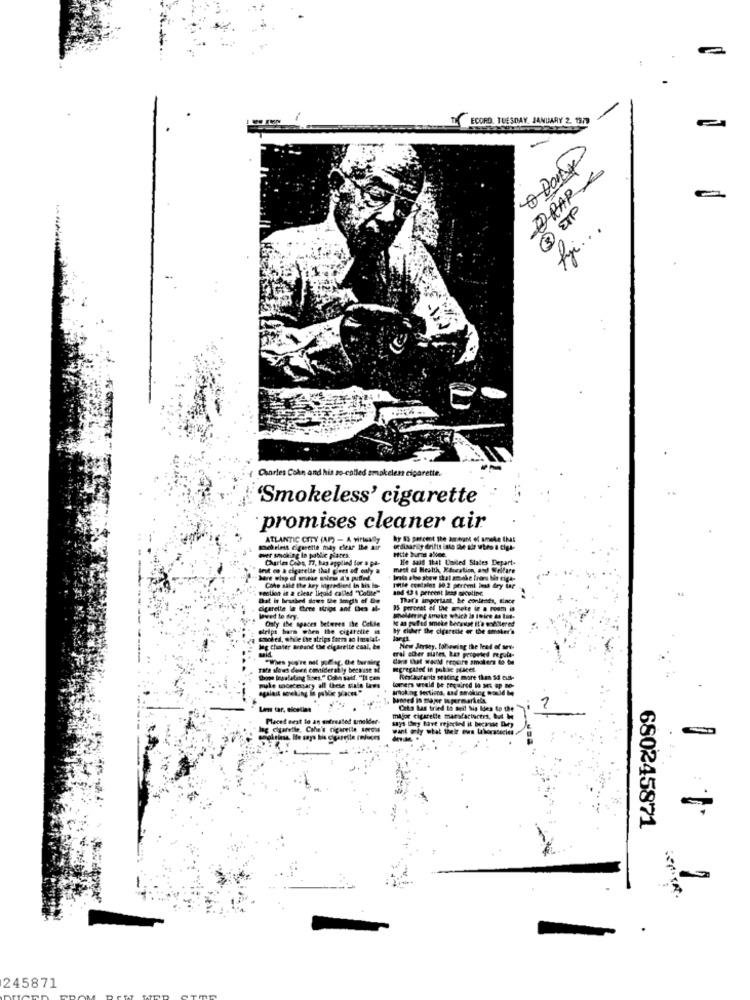
TIL ECORD TUESDAY, JANUARY 2. 1379
& Dodge
DRAP-
3 ETP
fyi ...
Charles Coke and his so-called smakelen cigarette.
'Smokeless' cigarette
promises cleaner air
ATLANTIC CITY (AP) - A virISA y
by 83 percent the amount of smoke that
mehrleis cigarette may clear the air
ordinarily drifts into the ade utro a Ciga-
eile bursa allee.
per sucking in public plates.
Charles Cios, 77, has applied for a pa-
He said that United States Depart-
Init co a cigarelir that goes off only a
mest of Health, Kiucation, and Welfare
trots also show that amake froro bie ciga-
redlion is a ciese liquid called "Colite"
Cthe salt the key logredient in bis lo-
and 13 4 percent less siceline
Ifile contains 90.2 percmi lest dry ing
that it brashed dows ble length of De
That's important. be conleots, Since
Cigarette in Chere strips and then al-
95 perorat of the mmete in a room is
laved to dry.
Only the spaces beteres the Celle
Ie as pufed smoke because It's meblered
aripi barn when the cigarette in
by either the cigaresie or the smoker's
cached, while the atrips form an Imalat-
langt
lag chater Broand the cigarette cual, &#
eral other sites, tas proposed regula-
New Jersey, following the lead of sev.
doris Chat would require amakers to ton
Twa slows down consider ably because of
Melkstand seitig more than 10 cus-
male sdecessary all these state laws
forers would be required lo Mt ap Mo-
anoking fections, and smoking would be
Bored in maper ingermariela
Las tar, elestien
Crts Las tried to seit big Idea to the
Placed sest lo an untreated smelder-
major cigarette marfactures, but Me
Ing Cigaretile. Cahe's cigaredie sono
want ply stat their own thecasecies
680245871
245871